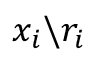
{ x } _ { i } \backslash { r } _ { i }